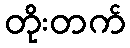
တိုးတက်